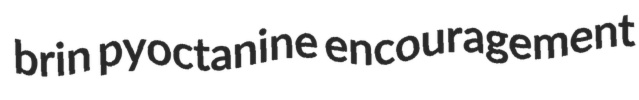
brin pyoctanine encouragement